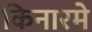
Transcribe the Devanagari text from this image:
किनारमे